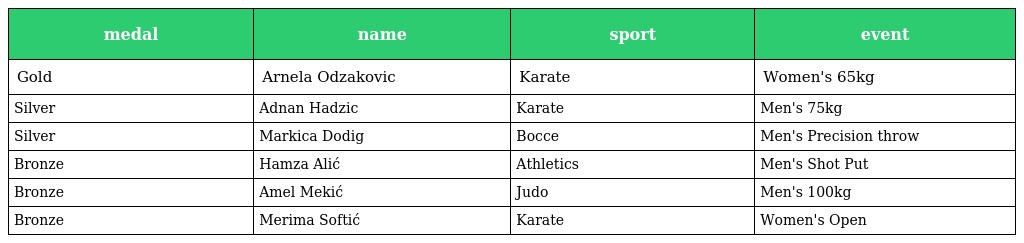
| medal | name | sport | event |
 | --- | --- | --- | --- |
 | Gold | Arnela Odzakovic | Karate | Women's 65kg |
 | Silver | Adnan Hadzic | Karate | Men's 75kg |
 | Silver | Markica Dodig | Bocce | Men's Precision throw |
 | Bronze | Hamza Alić | Athletics | Men's Shot Put |
 | Bronze | Amel Mekić | Judo | Men's 100kg |
 | Bronze | Merima Softić | Karate | Women's Open |